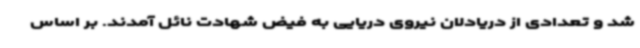
شد و تعدادی از دریادلان نیروی دریایی به فیض شهادت نائل آمدند. بر اساس